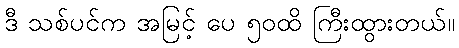
ဒီ သစ်ပင်က အမြင့် ပေ ၅၀ထိ ကြီးထွားတယ်။